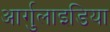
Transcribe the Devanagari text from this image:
आर्गुलाइडिया